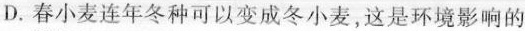
D.春小麦连年冬种可以变成冬小麦，这是环境影响的